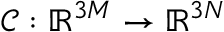
\mathcal { C } : \mathbb { R } ^ { 3 M } \to \mathbb { R } ^ { 3 N }